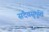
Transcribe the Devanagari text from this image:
सदैवसुमुखिं